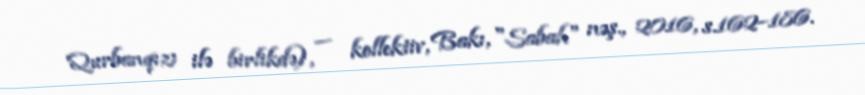
Qurbanqızı ilə birlikdə), — kollektiv, Bakı, "Sabah" nəş., 2016, s.162–186.